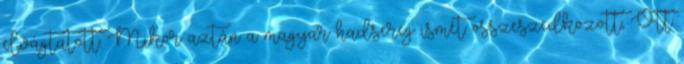
elvágtatott. Mikor aztán a magyar hadsereg ismét összeszedközött, Ott